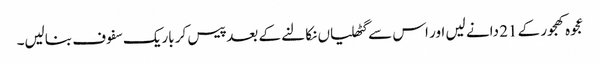
عجوہ کھجور کے 21 دانے لیں اور اس سے گٹھلیاں نکالنے کے بعد پیس کر باریک سفوف بنالیں۔